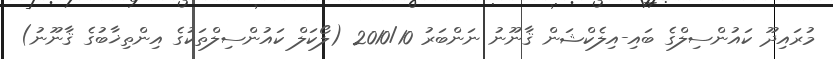
މުރައިދޫ ކައުންސިލްގެ ބައި-އިލެކްޝަން ޤާނޫނު ނަންބަރު 2010/10 (ލޯކަލް ކައުންސިލްތަކުގެ އިންތިޚާބުގެ ޤާނޫނު)